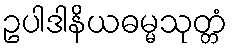
ဥပါဒါနိယဓမ္မသုတ္တံ